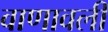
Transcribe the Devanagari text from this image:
वाणावली